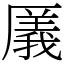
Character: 㕒